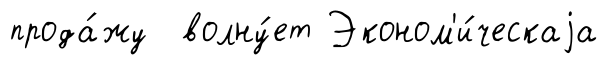
прода́жу волну́ет Эконом'и́ческаjа